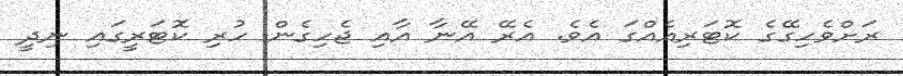
ރަށްވެހިގޭގެ ކޮޓަރިއެއްގަ އެވެ. އެރޭ އޭނާ އާއި ޖެހިގެން ހުރި ކޮޓަރީގައި ނިދީ